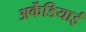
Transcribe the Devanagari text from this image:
अर्केडियाई